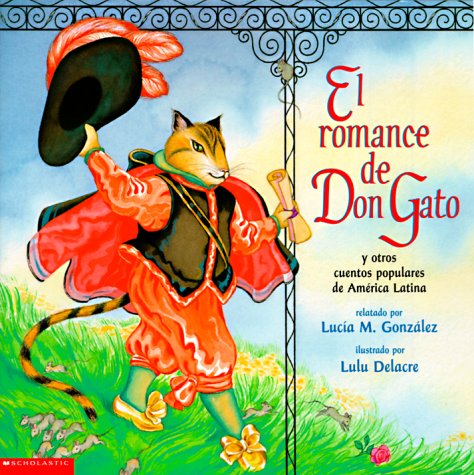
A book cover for El Romance de Don Gato y Otros Cuentos Populares de America Latina; Lucia M. Gonzalez; Children's Books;